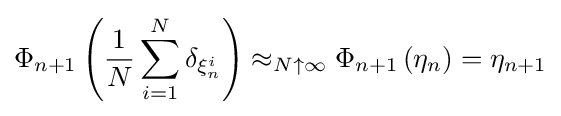
\Phi _{n+1}\left({\frac {1}{N}}\sum _{i=1}^{N}\delta _{\xi _{n}^{i}}\right)\approx _{N\uparrow \infty }\Phi _{n+1}\left(\eta _{n}\right)=\eta _{n+1}